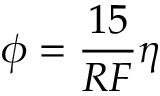
\phi = \frac { 1 5 } { R F } \eta